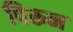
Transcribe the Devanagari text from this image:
पिरून